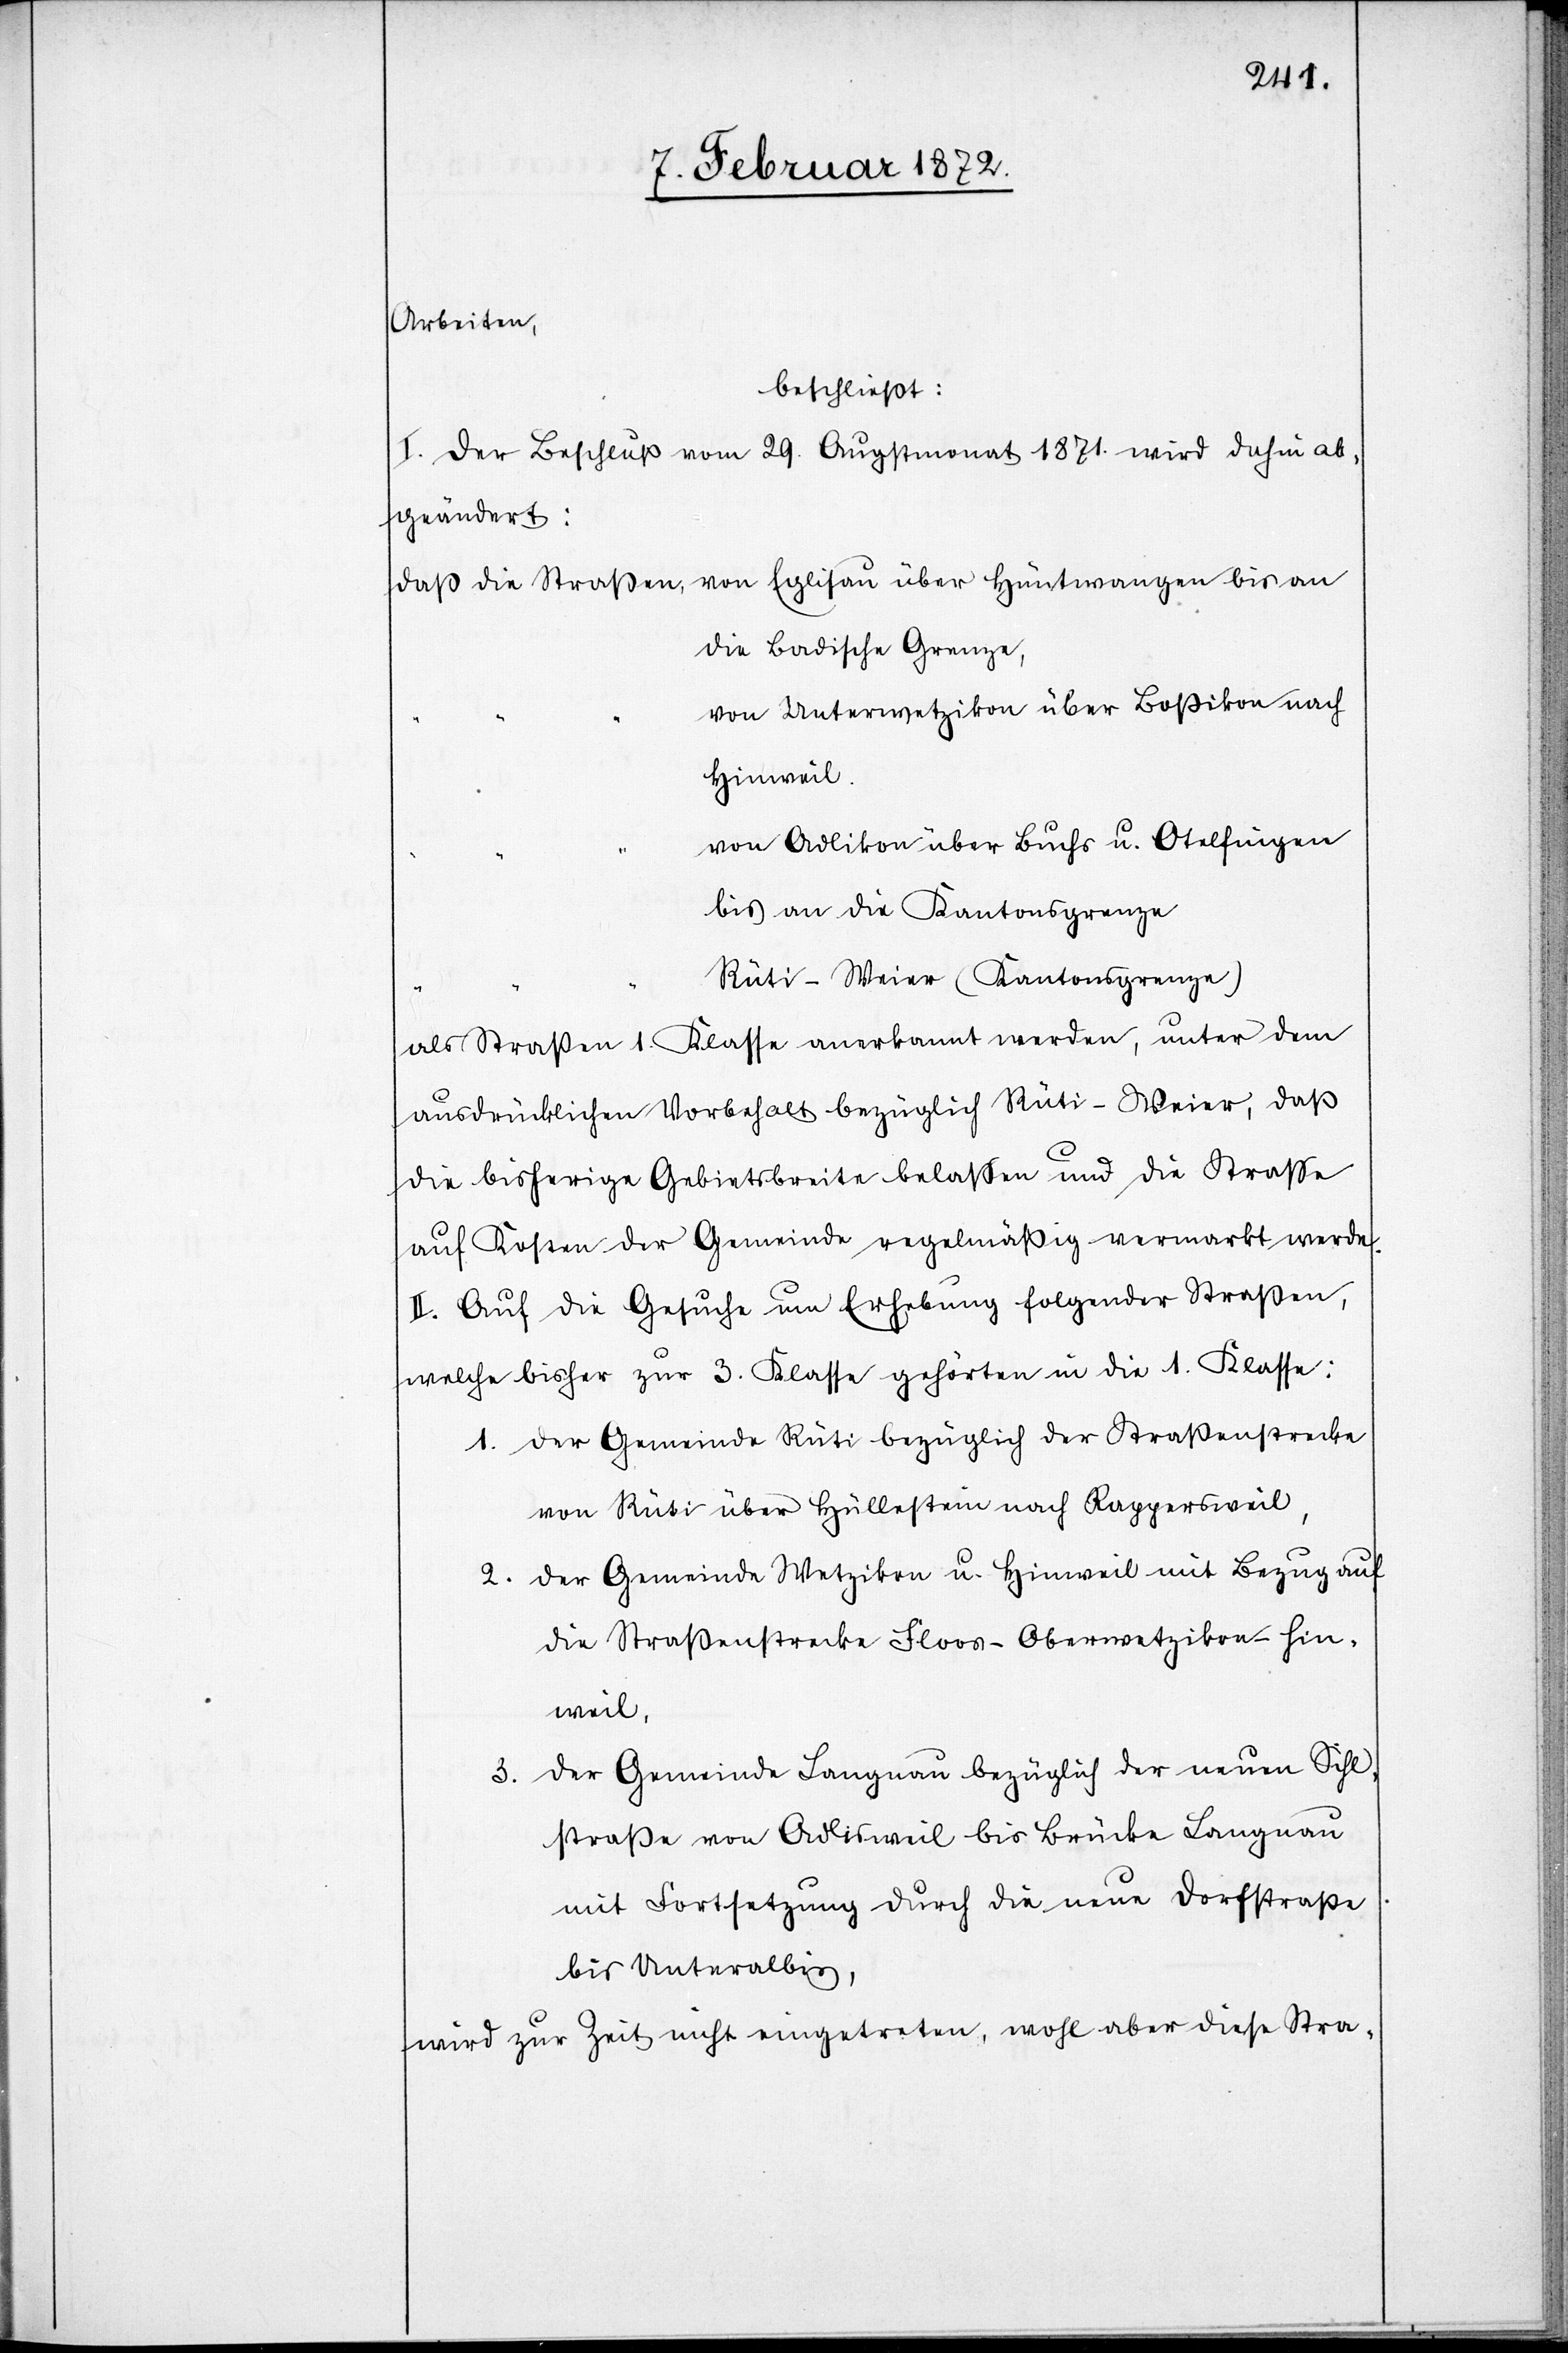
Arbeiten,
beschließt:
I. Der Beschluß vom 29. Augustmonat 1871. wird dahin ab¬
geändert:
die badische Grenze,
von Unterwetzikon über Boßikon nach
Hinweil.
von Adlikon über Buchs u. Otelfingen
bis an die Kantonsgrenze
Rüti–Weier (Kantonsgrenze)
als Straßen 1. Klasse anerkannt werden, unter dem
ausdrücklichen Vorbehalt bezüglich Rüti–Weier, daß
die bisherige Gebietsbreite belassen und die Strasse
auf Kosten der Gemeinde regelmäßig vermarkt werde.
II. Auf die Gesuche um Erhebung folgender Straßen,
welche bisher zur 3. Klasse gehörten in die 1. Klasse:
1. Der Gemeinde Rüti bezüglich der Straßenstrecke
von Rüti über Hüllestein nach Rappersweil,
2. Der Gemeinde Wetzikon u. Hinweil mit Bezug auf
die Straßenstrecke Floos–Oberwetzikon–Hin¬
weil.
Der Gemeinde Langnau bezüglich der neuen Sihl¬
3.
straße von Adlisweil bis Brücke Langnau
mit Fortsetzung durch die neue Dorfstraße
bis Unteralbis,
wird zur Zeit nicht eingetreten, wohl aber diese Stra-